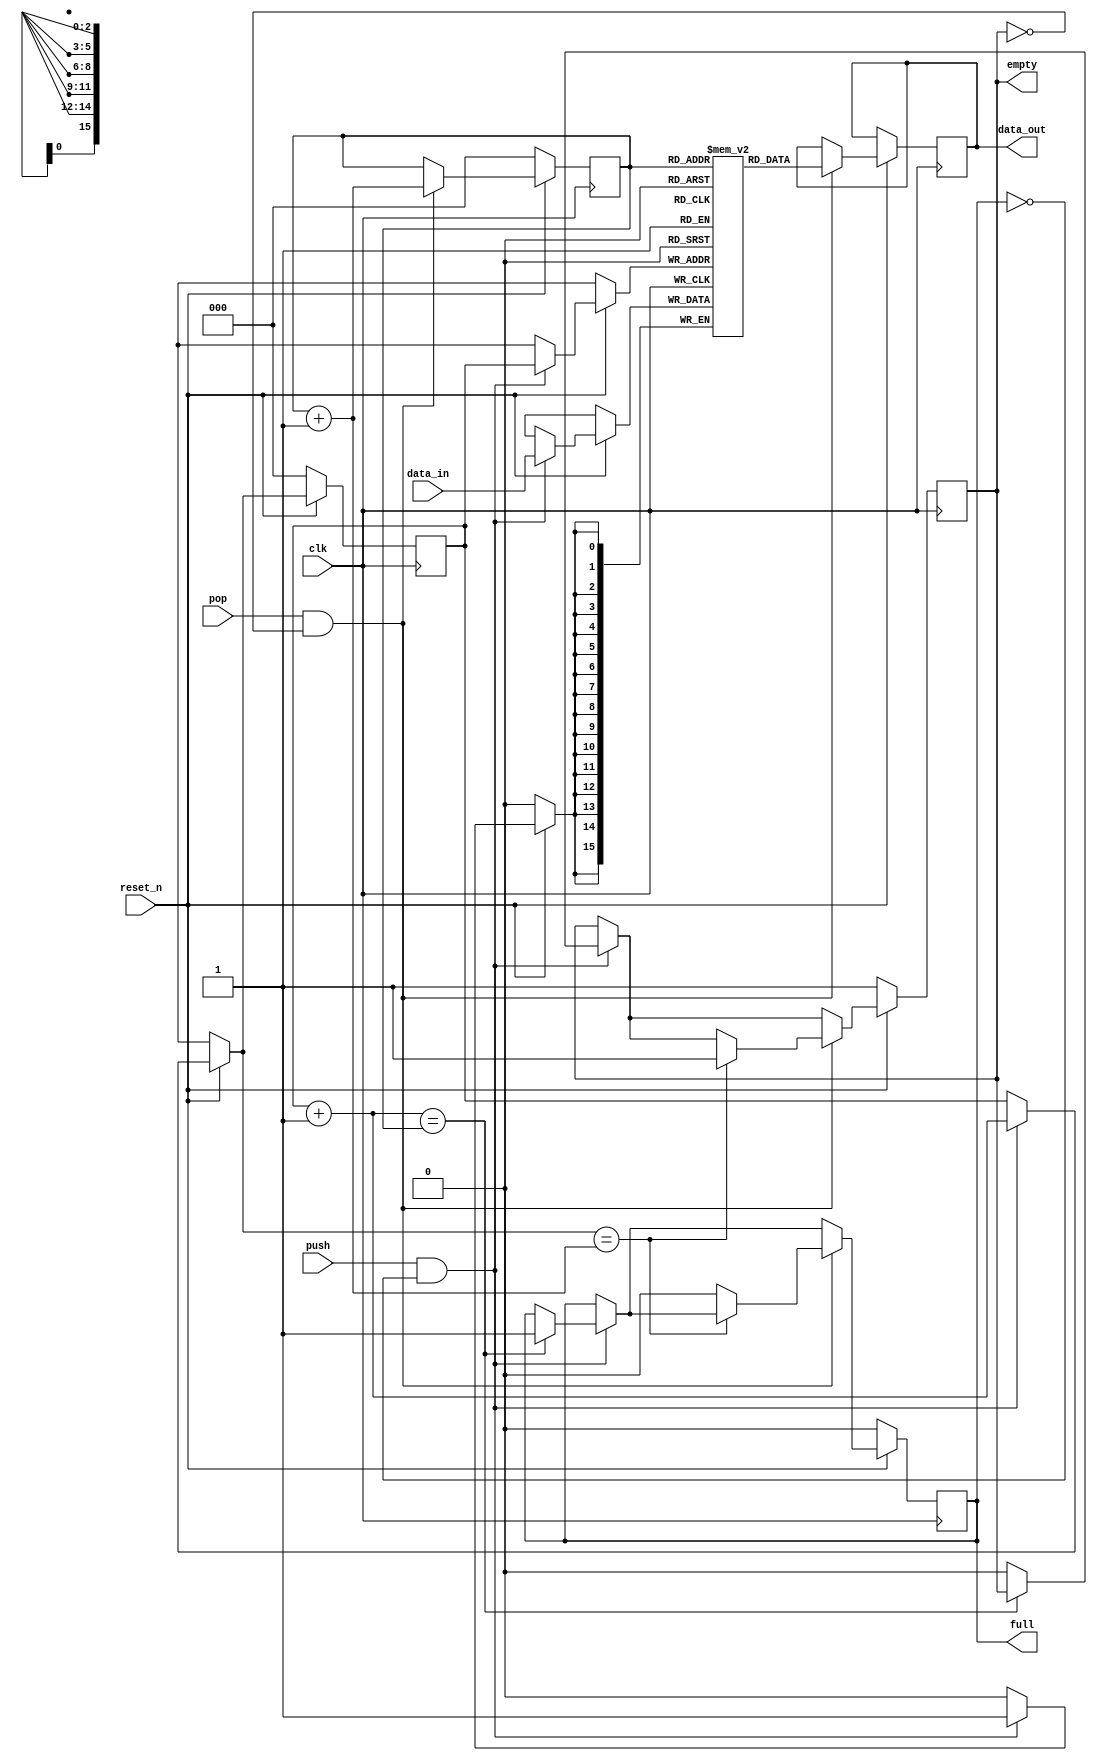
`timescale 100ps/1ps
/*
* DEPTH must be a power of 2
*/
module simple_fifo #(
  parameter DEPTH = 8,
  parameter WIDTH = 16
)(
  input wire clk,
  input wire reset_n,
  input wire push,
  input wire pop,

  input wire [WIDTH-1:0] data_in,
  output reg [WIDTH-1:0] data_out,

  output reg full,
  output reg empty
);

reg [$clog2(DEPTH)-1:0] rd_ptr;
reg [$clog2(DEPTH)-1:0] wr_ptr;
reg [WIDTH-1:0] data [DEPTH-1:0];

always @(posedge clk) begin
  if (~reset_n) begin
    rd_ptr <= 0;
    wr_ptr <= 0;
    full <= 0;
    empty <= 1;
  end
  else begin
    if (push & ~full) begin
      data[wr_ptr] <= data_in;
      wr_ptr = wr_ptr + 1;
      if (wr_ptr == rd_ptr) full <= 1'b1;
      else empty <= 1'b0;
    end
    if (pop & ~empty) begin
      data_out <= data[rd_ptr];
      rd_ptr = rd_ptr + 1;
      if (wr_ptr == rd_ptr) empty <= 1'b1;
      else full <= 1'b0;
    end
  end
end

endmodule